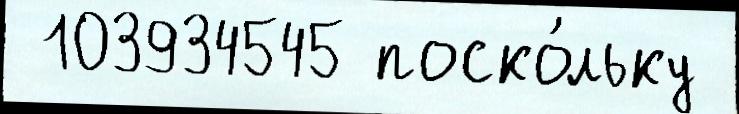
 103934545 поско́льку